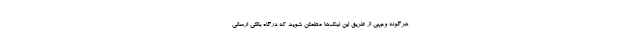
هرگونه وجهی از طریق این لینک‌ها مطمئن شوید که درگاه بانکی ارسالی